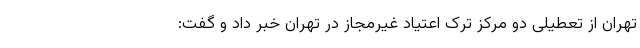
تهران از تعطیلی دو مرکز ترک اعتیاد غیرمجاز در تهران خبر داد و گفت: